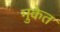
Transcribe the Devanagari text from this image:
मुकेत